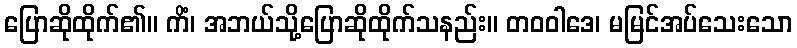
ပြောဆိုထိုက်၏။ ကိံ၊ အဘယ်သို့ပြောဆိုထိုက်သနည်း။ တဝဝါဒေ၊ မမြင်အပ်သေးသော